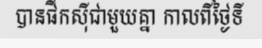
បានផឹកស៊ីជាមួយគ្នា កាលពីថ្ងៃទី